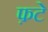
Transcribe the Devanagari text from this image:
फ़टे